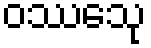
ဝဿေသု